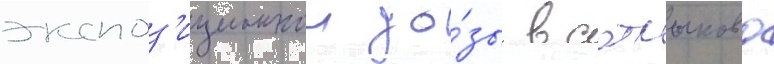
экспоз'иционнои до́зы в сатлыково